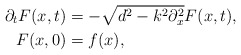
\begin{align*}\partial_{t}F(x,t) &= -\sqrt{d^{2}-k^{2}\partial_{x}^{2}}F(x,t),\\F(x,0) & = f(x), \end{align*}